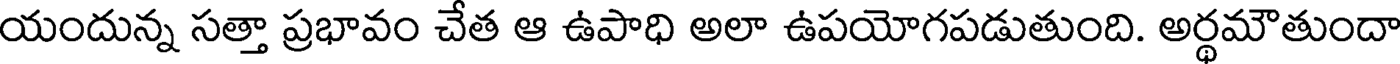
యందున్న సత్తా ప్రభావం చేత ఆ ఉపాధి అలా ఉపయోగపడుతుంది. అర్థమౌతుందా